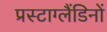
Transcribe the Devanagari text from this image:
प्रस्टाग्लैंडिनों